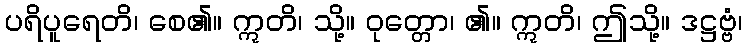
ပရိပူရေတိ၊ စေ၏။ ဣတိ၊ သို့။ ဝုတ္တော၊ ၏။ ဣတိ၊ ဤသို့။ ဒဋ္ဌဗ္ဗံ၊